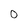
Character: 0